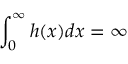
\int _ { 0 } ^ { \infty } h ( x ) d x = \infty